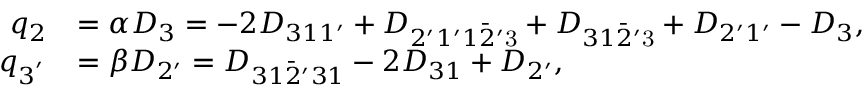
\begin{array} { r l } { q _ { 2 } } & { = \alpha { D _ { 3 } } = - 2 { D _ { 3 1 1 ^ { \prime } } } + { D _ { 2 ^ { \prime } 1 ^ { \prime } 1 \bar { 2 } ^ { \prime } \mathrm { { 3 } } } } + { D _ { 3 1 \bar { 2 } ^ { \prime } { \mathrm { 3 } } } } + { D _ { 2 ^ { \prime } 1 ^ { \prime } } } - { D _ { 3 } } , } \\ { q _ { 3 ^ { ' } } } & { = \beta { D _ { 2 ^ { \prime } } } = { D _ { 3 1 \bar { 2 } ^ { \prime } 3 1 } } - 2 { D _ { 3 1 } } + { D _ { 2 ^ { \prime } } } , } \end{array}